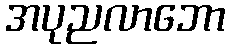
အပုညလာဘော